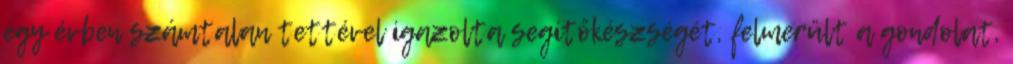
egy évben számtalan tettével igazolta segítőkészségét, felmerült a gondolat,